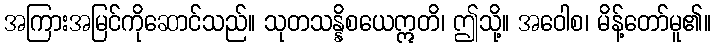
အကြားအမြင်ကိုဆောင်သည်။ သုတသန္နိစယေဣတိ၊ ဤသို့။ အဝေါစ၊ မိန့်တော်မူ၏။